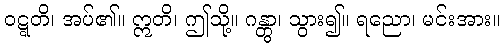
ဝဋ္ဋတိ၊ အပ်၏။ ဣတိ၊ ဤသို့။ ဂန္တွာ၊ သွား၍။ ရညော၊ မင်းအား။